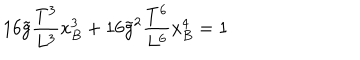
1 6 \tilde { g } \frac { T ^ { 3 } } { L ^ { 3 } } x _ { B } ^ { 3 } + 1 6 \tilde { g } ^ { 2 } \frac { T ^ { 6 } } { L ^ { 6 } } x _ { B } ^ { 4 } = 1